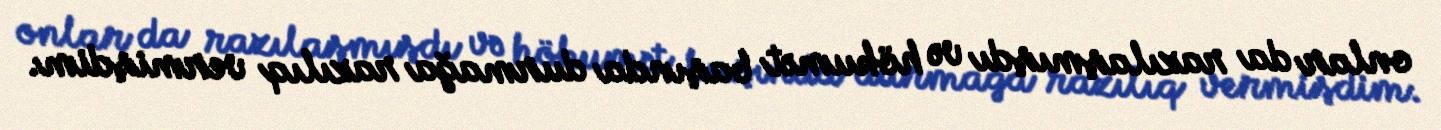
onlar da razılaşmışdı və hökumət başında durmağa razılıq vermişdim.